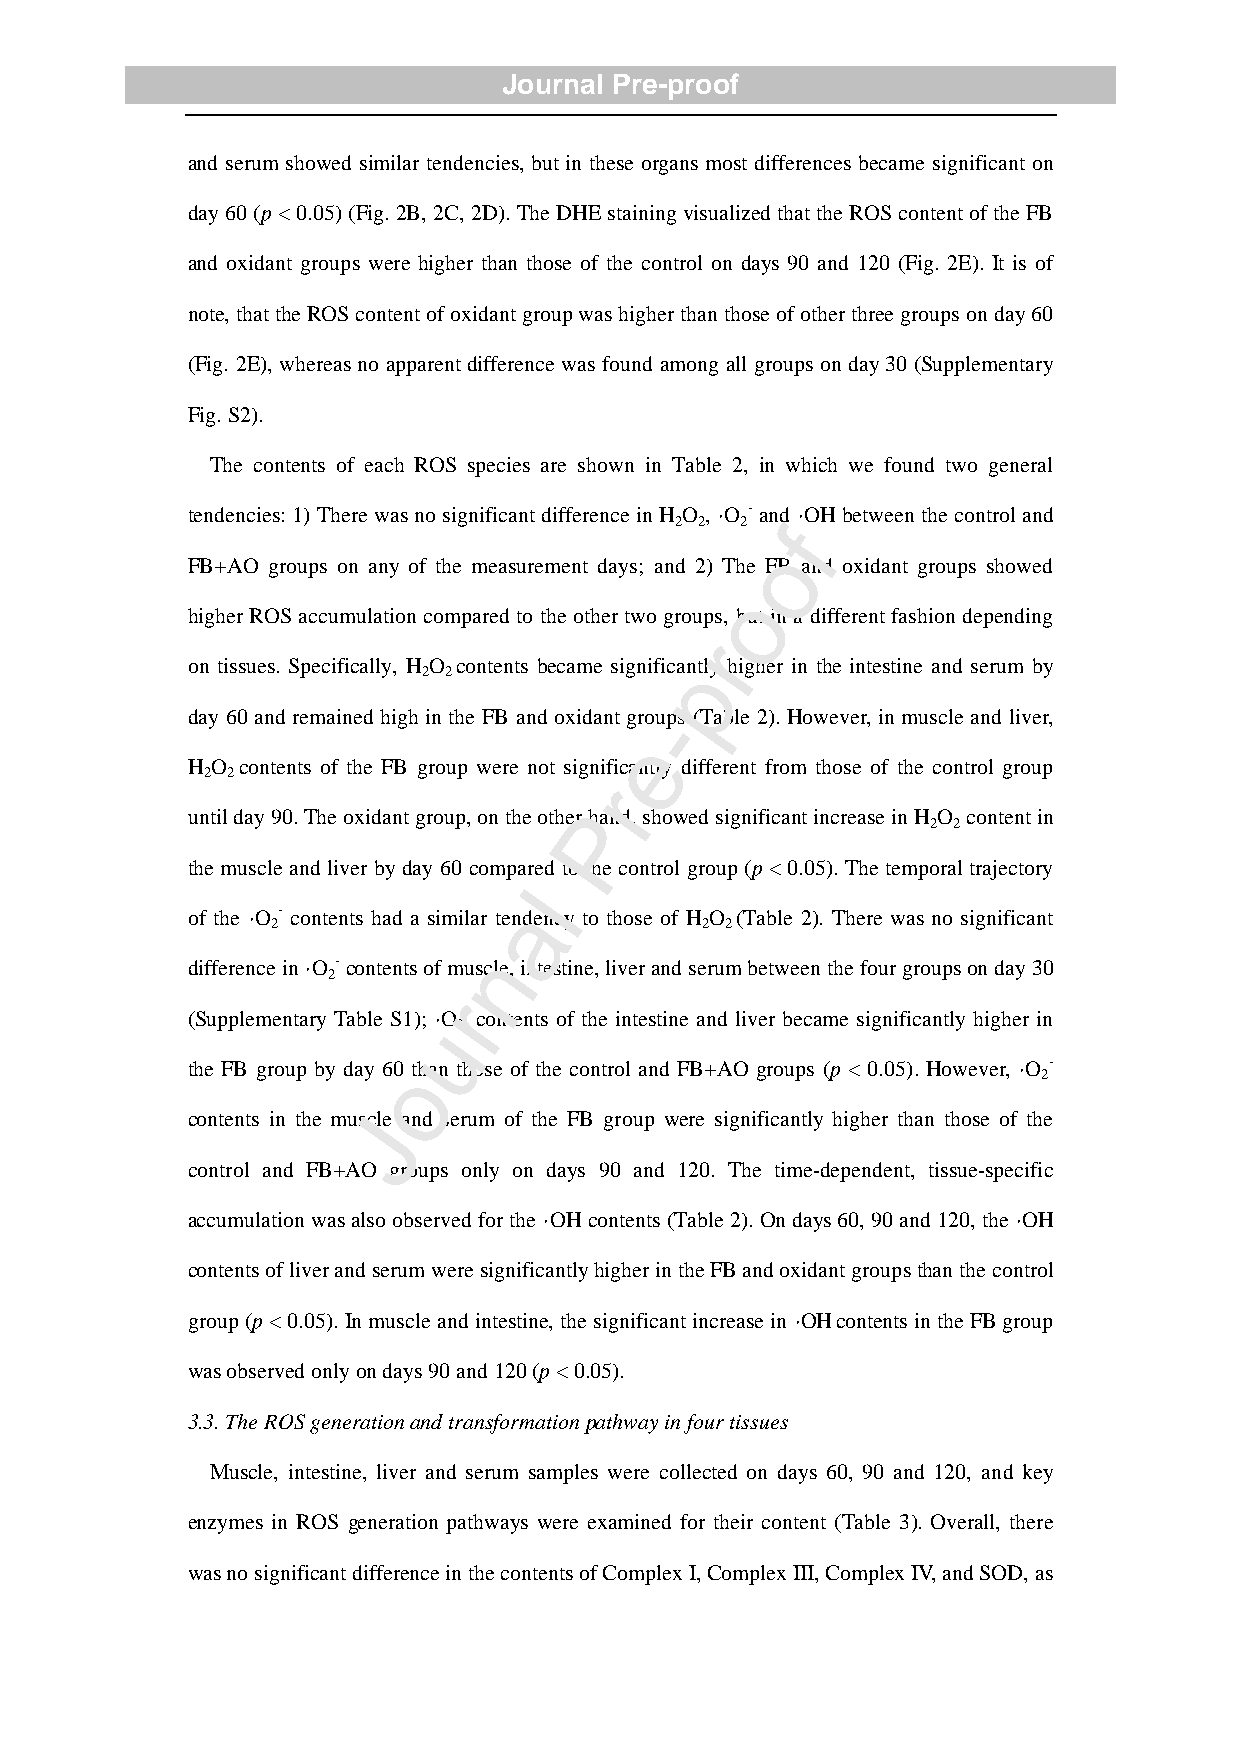
Journal Pre-proof
 and serum showed similar tendencies, but in these organs most differences became significant on
 day 60 (p < 0.05) (Fig. 2B, 2C, 2D). The DHE staining visualized that the ROS content of the FB
 and oxidant groups were higher than those of the control on days 90 and 120 (Fig. 2E). It is of
 note, that the ROS content of oxidant group was higher than those of other three groups on day 60
 (Fig. 2E), whereas no apparent difference was found among all groups on day 30 (Supplementary
 Fig. S2).
 The contents of each ROS species are shown in Table 2, in which we found two general
 tendencies: 1) There was no significant difference in H O , ·O - and ·OH between the control and
 2 2 2  f
 o
 FB+AO groups on any of the measurement days; and 2) The FB and oxidant groups showed
 o
 higher ROS accumulation compared to the other two groups, but in a different fashion depending
 r
 on tissues. Specifically, H O contents became significapntly higher in the intestine and serum by
 2 2
 day 60 and remained high in the FB and oxidant gro-ups (Table 2). However, in muscle and liver,
 e
 H O contents of the FB group were not significantly different from those of the control group
 2 2
 r
 until day 90. The oxidant group, on the otherP hand, showed significant increase in H O content in
 2 2
 the muscle and liver by day 60 compare d to the control group (p < 0.05). The temporal trajectory
 l
 of the ·O - contents had a similar tea ndency to those of H O (Table 2). There was no significant
 2                           2 2
 n
 difference in ·O - contents of muscle, intestine, liver and serum between the four groups on day 30
 2
 r
 (Supplementary Table S1); ·O - contents of the intestine and liver became significantly higher in
 u2
 the FB group by day 60o than those of the control and FB+AO groups (p < 0.05). However, ·O -
 2
 contents in the musJcle and serum of the FB group were significantly higher than those of the
 control and FB+AO groups only on days 90 and 120. The time-dependent, tissue-specific
 accumulation was also observed for the ·OH contents (Table 2). On days 60, 90 and 120, the ·OH
 contents of liver and serum were significantly higher in the FB and oxidant groups than the control
 group (p < 0.05). In muscle and intestine, the significant increase in ·OH contents in the FB group
 was observed only on days 90 and 120 (p < 0.05).
 3.3. The ROS generation and transformation pathway in four tissues
 Muscle, intestine, liver and serum samples were collected on days 60, 90 and 120, and key
 enzymes in ROS generation pathways were examined for their content (Table 3). Overall, there
 was no significant difference in the contents of Complex I, Complex III, Complex IV, and SOD, as